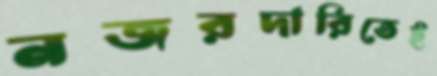
নজরদারিতেই